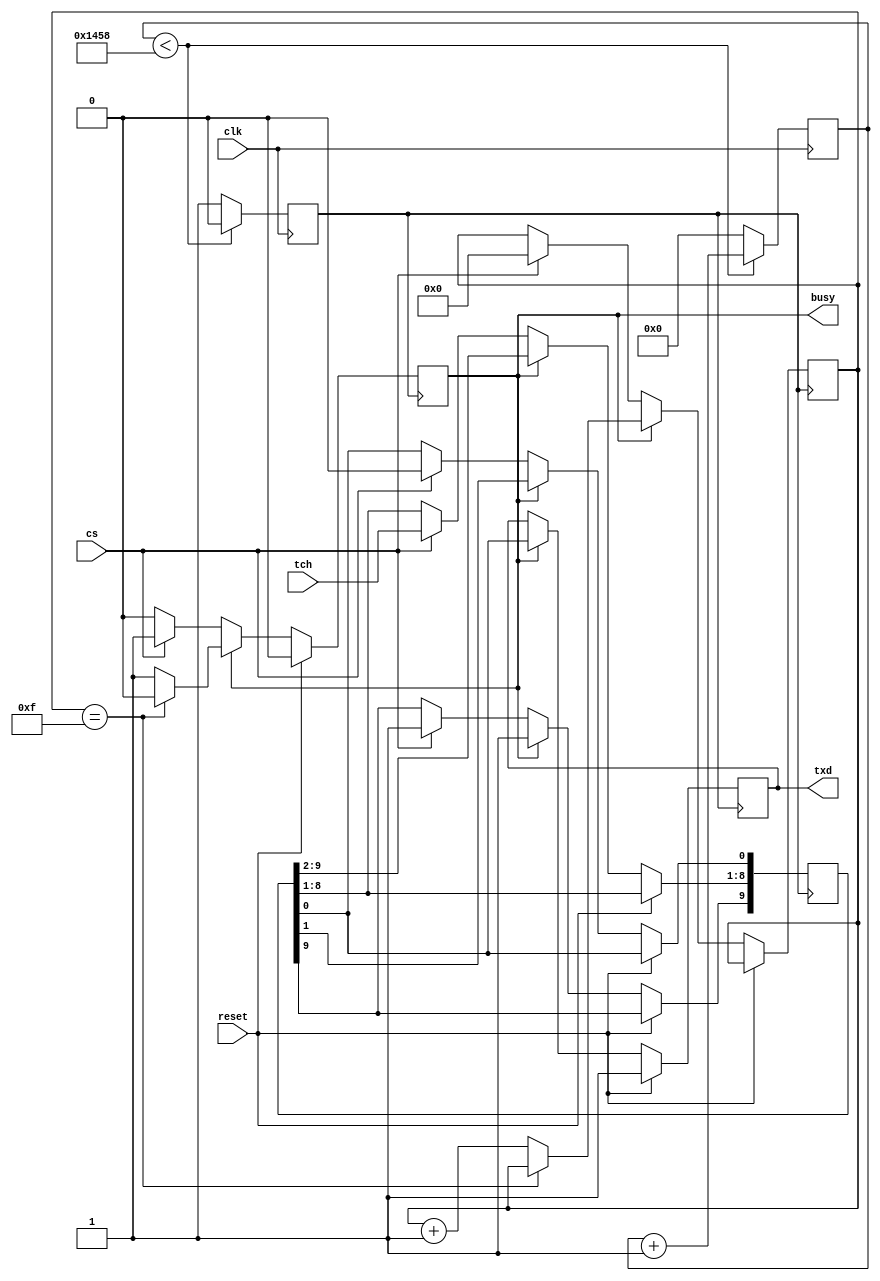
`timescale 1ns / 1ps

module tx(clk, txd, tch, cs, busy, reset);

	input clk;
	output txd;
	input [7:0] tch;
	input cs;
	output busy;
	input reset;

	parameter CLOCK = 50000000;
	parameter RATE = 9600;

	reg txd_out;
	assign txd = txd_out;
	reg busy_out;
	assign busy = busy_out;

	reg [15:0] clock_count;
	reg serclk;

	reg [9:0] buffer;
	reg [3:0] sendcnt;

always @(posedge clk)
begin
	if (clock_count < (CLOCK / RATE))
	begin
		serclk <= 1'b0;
		clock_count <= clock_count + 1;
	end
	else
	begin
		serclk <= 1'b1;
		clock_count <= 0;
	end
end

always @(posedge serclk)
begin
	if (reset)
	begin
		txd_out  <= 1'b1;
		busy_out <= 1'b0;
	end
	else if (busy_out == 1'b0)
	begin
		if (cs)
		begin
			buffer[0]   <= 1'b0;
			buffer[8:1] <= tch[7:0];
			buffer[9]   <= 1'b1;
			sendcnt     <= 0;
			busy_out    <= 1'b1;
		end
	end
	else
	begin
		if (sendcnt == 4'b1111)
		begin
			busy_out <= 1'b0;
		end
		else
		begin
			sendcnt <= sendcnt + 1;
		end
		txd_out     <= buffer[0];
		buffer[8:0] <= buffer[9:1];
		buffer[9]   <= 1'b1;
	end
end

endmodule